system: You are a helpful assistant.
user:
Analyze the provided spectrum to determine if it is a **White Dwarf (WD)**.

A White Dwarf spectrum is defined by its **extreme purity** (due to gravitational settling) and/or **extreme pressure broadening** (due to high surface gravity). You must check for one of the following mutually exclusive signatures:

- **Key Visual Indicators (Check for ONE of these types):**

    - **1. DA-Type Signature (Most Common):**
        - **(Primary Feature):** Extreme pressure broadening (Stark broadening) of the **Hydrogen (H) Balmer lines**.
        - **(Key Lines):** $H\beta$ (approx. $4861$ Å) and $H\gamma$ (approx. $4340$ Å). $H\alpha$ (approx. $6563$ Å) will also be present if the wavelength range covers it.
        - **(Line Profile):** This is the **defining feature**. The lines are **NOT** sharp. They appear as massive, **extremely broad and deep "troughs" or "dips"** in the spectrum, often hundreds of Ångströms wide. The continuum will appear to "scoop" down at these wavelengths.
        - **(Distinction):** Normal A-type or B-type stars have *narrow* and *sharp* Hydrogen lines. A DA White Dwarf's lines are unmistakably "smeared" or "blurry" from pressure.

    - **2. DB-Type Signature:**
        - **(Primary Feature):** Broad absorption lines from **Neutral Helium (He I)**. The spectrum must lack any visible Hydrogen lines.
        - **(Key Lines):** Look for broad absorption near $4471$ Å, $4921$ Å, and $5876$ Å.
        - **(Line Profile):** These lines are also significantly pressure-broadened, appearing much wider than they would in a normal B-type main-sequence star.

    - **3. DC-Type Signature:**
        - **(Primary Feature):** A **featureless continuous spectrum**.
        - **(Line Profile):** The spectrum is a smooth curve with **no significant absorption or emission lines**.
        - **(Key Confirmation):** The continuum is almost always **blue or white**, indicating a hot object. This signature implies the atmosphere is so pure (or so cool) that no spectral lines are visible in the optical range. Its WD identity is confirmed by its extremely low intrinsic brightness (high absolute magnitude).

    - **4. DZ-Type Signature (Metal-Polluted):**
        - **(Primary Feature):** **Isolated, narrow metal absorption lines** on an otherwise featureless (DC-like) continuum.
        - **(Key Lines):** The **Calcium (Ca II) H & K doublet** (approx. **$3934$ Å** and **$3968$ Å**) is the most common and defining feature.
        - **(Line Profile):** These lines are "out of place." They are *not* part of a "forest" of thousands of lines. This signature is evidence of recent *accretion* (pollution) from rocky debris.
        - **(Distinction):** Normal G/K/M stars have a *dense forest* of thousands of metal lines. A DZ has a *clean* continuum with *only a few* strong metal lines.

    - **5. DQ-Type Signature (Carbon-Polluted):**
        - **(Primary Feature):** Absorption bands from **Carbon (C₂ "Swan Bands" or atomic C I)**.
        - **(Key Lines - C₂):** Look for bandheads with a "saw-tooth" shape near $5635$ Å, **$5165$ Å** (strongest), and $4737$ Å.
        - **(Key Confirmation):** The underlying **continuum must be blue or white** (hot).
        - **(Distinction):** This is the critical difference from a **Carbon Star**, which has the *exact same* C₂ bands but on an extremely **red, cool** continuum.

- **(Overall Spectrum):**
    - The continuum (overall shape) is typically **blue-sloping** (brighter in the blue than the red), as most white dwarfs are very hot.
    - The spectrum will look "pure" or "simple," dominated by only *one* of the five signatures listed above.

Think first, call **spectral_visualization_tool** if needed to examine features in detail, then provide your final answer. Your response must adhere to the following strict rules:
1.  **Overall Structure:** Your response must follow the format `<think>...</think> <tool_call>...</tool_call> (if a tool is used) <answer>...</answer>`.
2.  **Tool Usage Constraint:** You may only make **one** tool call per turn.
3.  **Final Answer Format:** In the `<answer>` tag, your conclusion must be inside a `\boxed{}` command (e.g., `\boxed{YES}` or `\boxed{NO}`), followed by your justification.

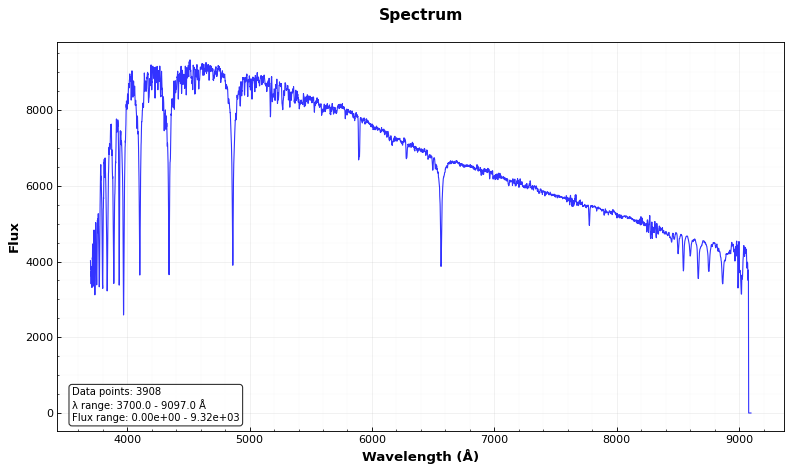
Answer: NO